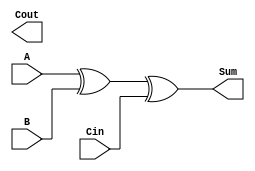
module CarryLookaheadAdder (
    input [3:0] A,
    input [3:0] B,
    input Cin,
    output [3:0] Sum,
    output Cout
);

wire [3:0] G;
wire [3:0] P;
wire [3:0] C;

assign G = A & B;
assign P = A ^ B;
assign C[0] = Cin;

genvar i;

generate
    for(i = 0; i < 4; i = i + 1) begin: carry_gen
        assign C[i+1] = G[i] | (P[i] & C[i]);
    end
endgenerate

assign Cout = C[4];
assign Sum = A ^ B ^ Cin;

endmodule